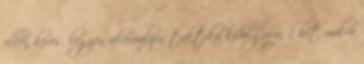
ellen kevés, legyen akármilyen taktika kidolgozva. 1 hét múlva